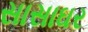
સાસાઘર